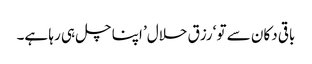
باقی دکان سے تو ‘رزق حلال’ اپنا چل ہی رہا ہے۔